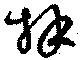
拜